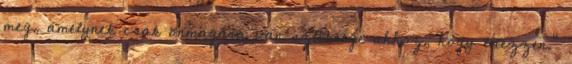
meg, amelynek csak önmagára van szüksége ahhoz, hogy létezzen.”